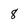
Character: 8